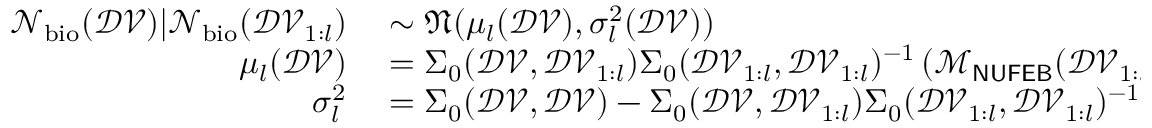
\begin{array} { r l } { \mathcal { N } _ { \mathrm { b i o } } ( \mathcal { D V } ) | \mathcal { N } _ { \mathrm { b i o } } ( \mathcal { D V } _ { 1 : l } ) } & { { } \sim \mathfrak { N } ( \mu _ { l } ( \mathcal { D V } ) , \sigma _ { l } ^ { 2 } ( \mathcal { D V } ) ) } \\ { \mu _ { l } ( \mathcal { D V } ) } & { { } = \Sigma _ { 0 } ( \mathcal { D V } , \mathcal { D V } _ { 1 : l } ) \Sigma _ { 0 } ( \mathcal { D V } _ { 1 : l } , \mathcal { D V } _ { 1 : l } ) ^ { - 1 } \left( \mathcal { M } _ { \sf N U F E B } ( \mathcal { D V } _ { 1 : l } ) - \mu _ { 0 } ( \mathcal { D V } _ { 1 : l } ) + \mu _ { 0 } ( \mathcal { D V } ) \right) } \\ { \sigma _ { l } ^ { 2 } } & { { } = \Sigma _ { 0 } ( \mathcal { D V } , \mathcal { D V } ) - \Sigma _ { 0 } ( \mathcal { D V } , \mathcal { D V } _ { 1 : l } ) \Sigma _ { 0 } ( \mathcal { D V } _ { 1 : l } , \mathcal { D V } _ { 1 : l } ) ^ { - 1 } \Sigma _ { 0 } ( \mathcal { D V } _ { 1 : l } , \mathcal { D V } ) } \end{array}